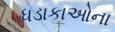
ધડાકાઓના